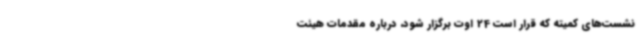
نشست‌های کمیته که قرار است 24 اوت برگزار شود، درباره مقدمات هیئت